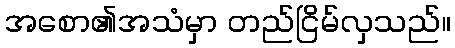
အစော၏အသံမှာ တည်ငြိမ်လှသည်။